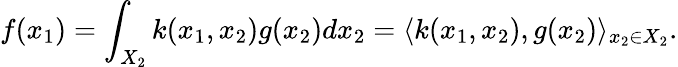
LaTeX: f(x_{1})=\int_{X_{2}}k(x_{1},x_{2})g(x_{2})dx_{2}=\langle k(x_{1},x_{2}),g(x_{2})\rangle_{x_{2}\in X_{2}}.